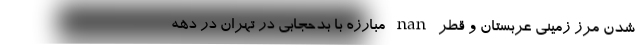
شدن مرز زمینی عربستان و قطر nan مبارزه با بدحجابی در تهران در دهه